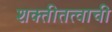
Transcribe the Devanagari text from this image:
शक्तीतत्वाची